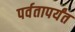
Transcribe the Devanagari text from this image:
पर्वतापर्यंत